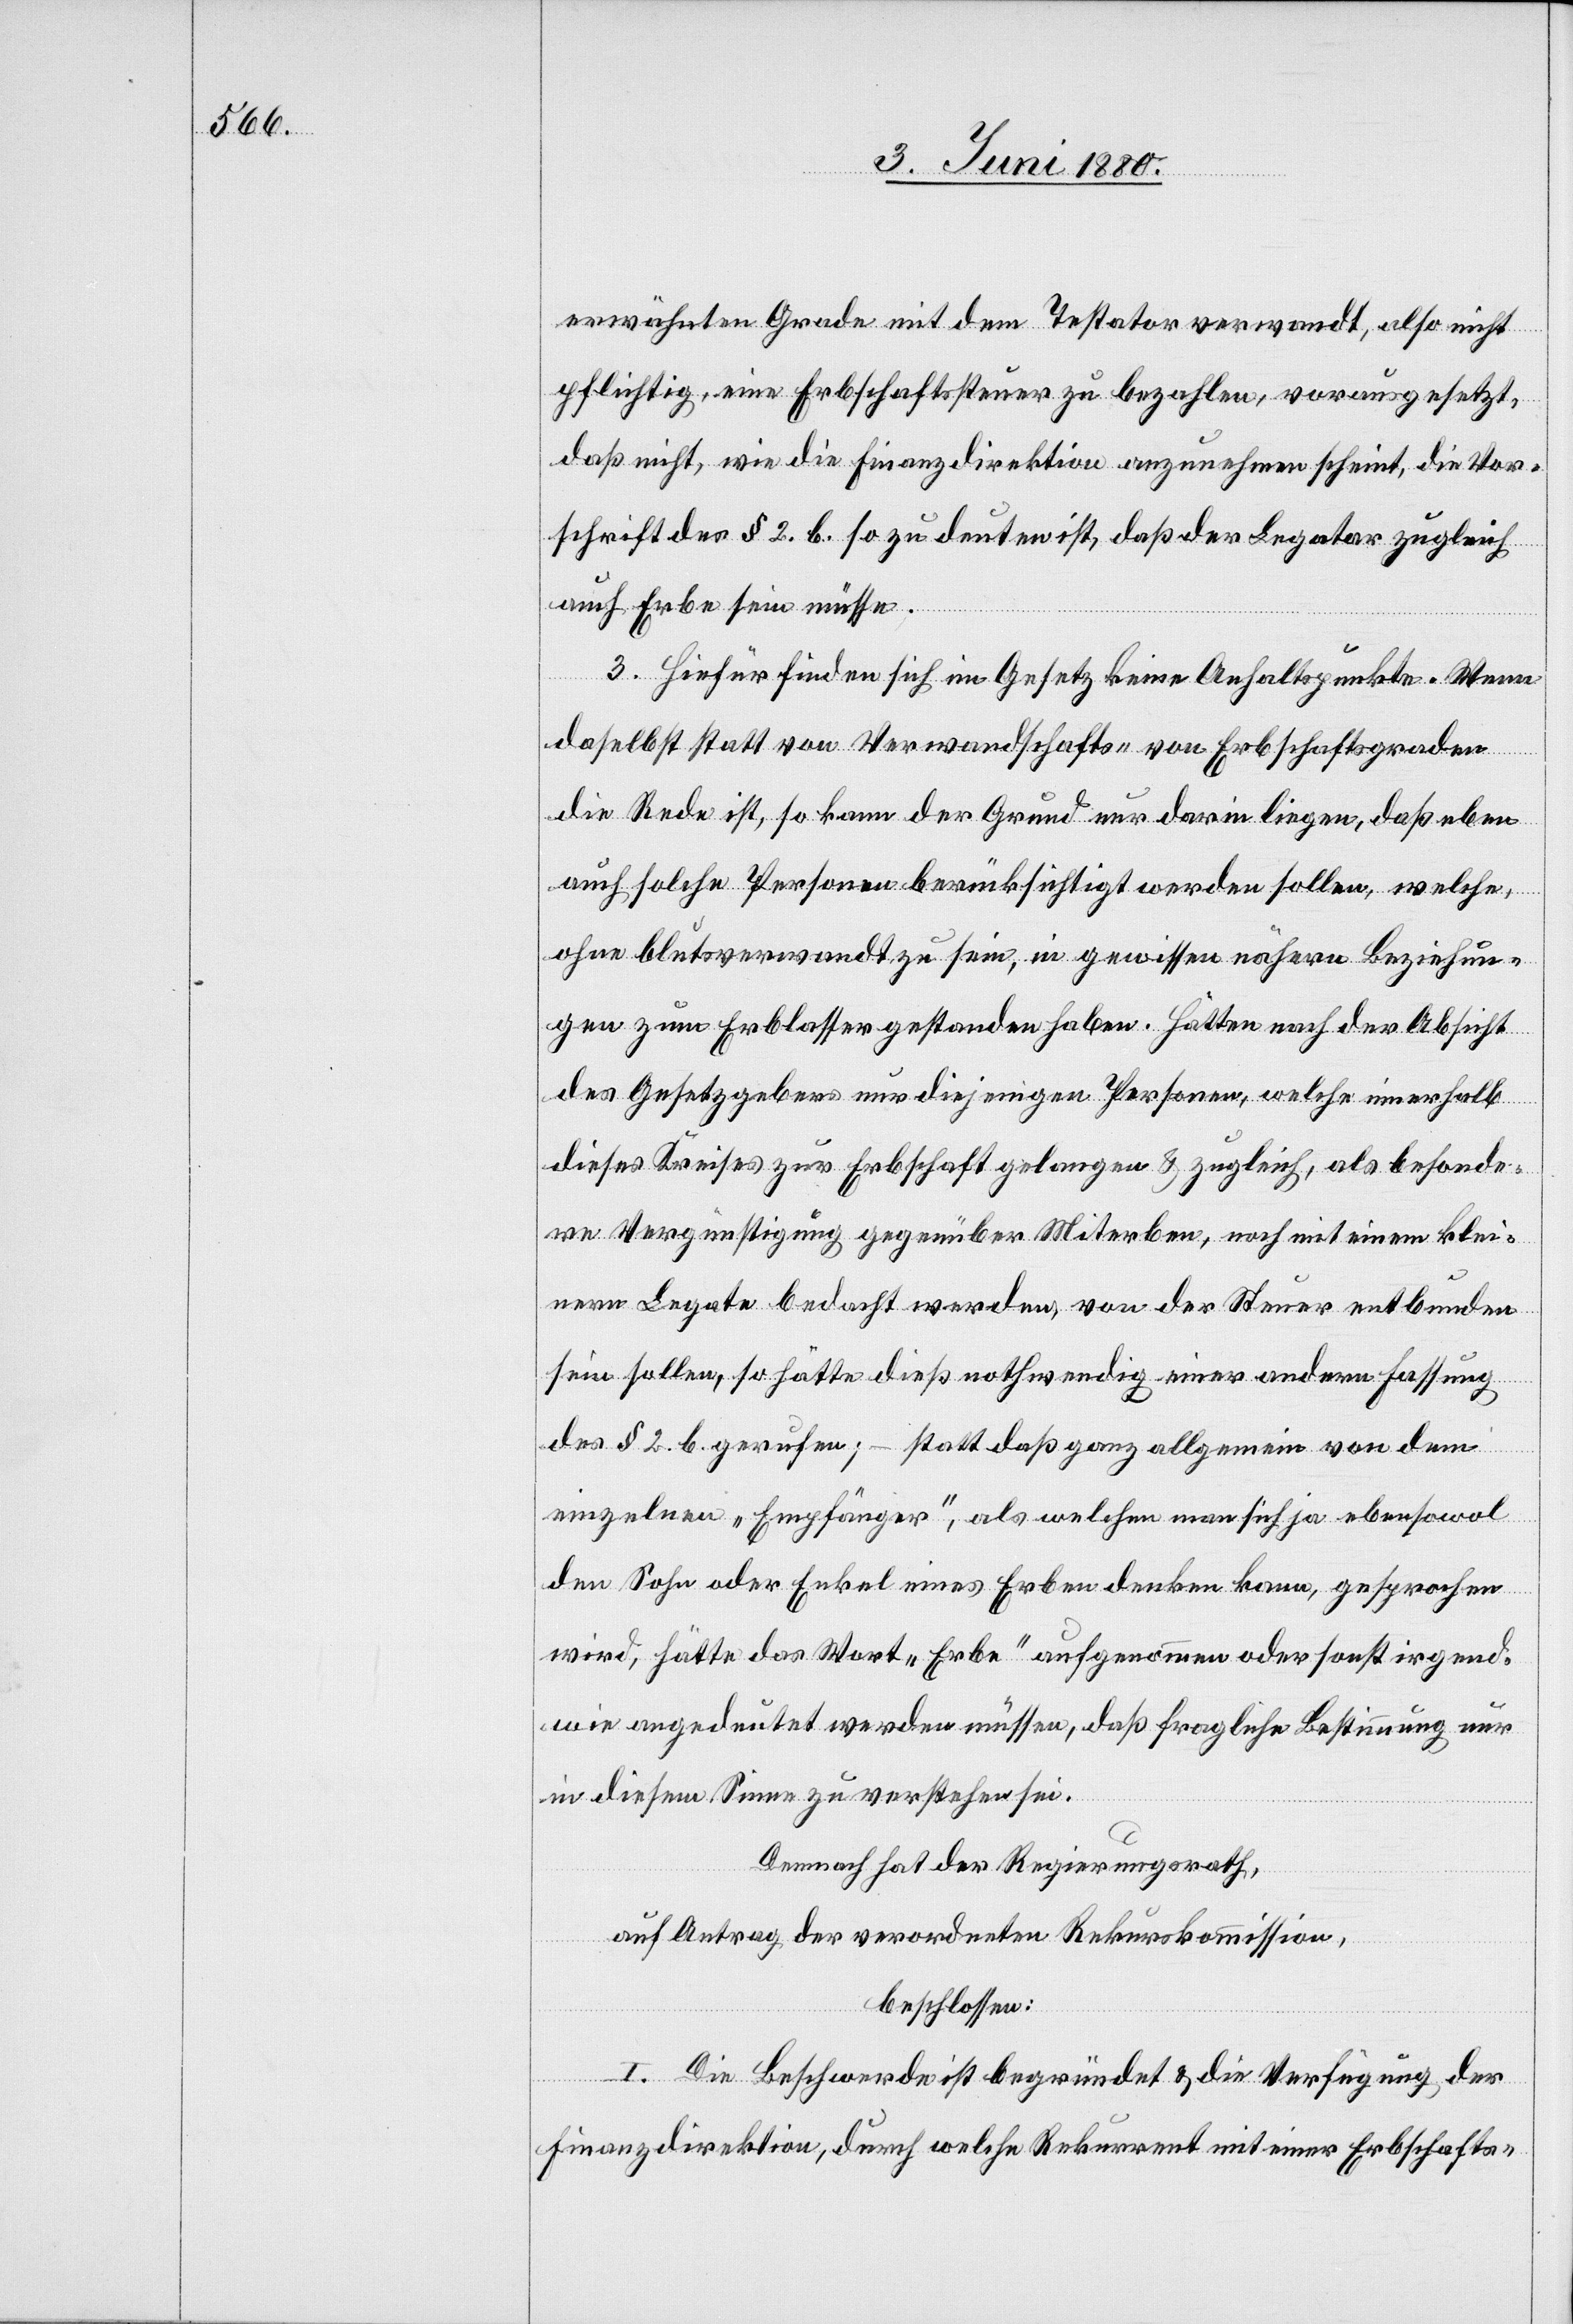
erwähnten Grade mit dem Testator verwandt, also nicht
pflichtig, eine Erbschaftssteuer zu bezahlen, vorausgesetzt,
daß nicht, wie die Finanzdirektion anzunehmen scheint, die Vor¬
schrift des § 2. b. so zu deuten ist, daß der Legator zugleich
auch Erbe sein müsse.
3. Hiefür finden sich im Gesetz keine Anhaltspunkte. Wenn
daselbst statt von Verwandtschafts- von Erbschaftsgraden
die Rede ist, so kann der Grund nur darin liegen, daß eben
auch solche Personen berücksichtigt werden sollen, welche,
ohne blutsverwandt zu sein, in gewissen nähern Beziehun¬
gen zum Erblasser gestanden haben. Hätten nach der Absicht
des Gesetzgebers nur diejenigen Personen, welche innerhalb
dieses Kreises zur Erbschaft gelangen & zugleich, als besonde¬
re Vergünstigung gegenüber Miterben, noch mit einem klei¬
nern Legate bedacht werden, von der Steuer entbunden
sein sollen, so hätte dieß nothwendig einer andern Fassung
des § 2. b. gerufen; – statt daß ganz allgemein von dem
einzelnen „Empfänger“, als welchen man sich ja ebensowol
den Sohn oder Enkel eines Erben denken kann, gesprochen
wird, hätte das Wort „Erbe“ aufgenommen oder sonst irgend¬
wie angedeutet werden müssen, daß fragliche Bestimmung nur
in diesem Sinne zu verstehen sei.
Demnach hat der Regierungsrath,
auf Antrag der verordneten Rekurskommission,
beschlossen:
I. Die Beschwerde ist begründet & die Verfügung der
Finanzdirektion, durch welche Rekurrent mit einer Erbschafts-